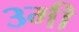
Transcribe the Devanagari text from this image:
३मी